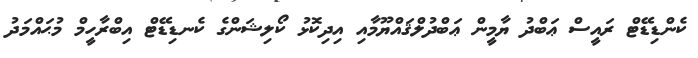
ކެންޑިޑޭޓް ރައީސް ޢަބްދު ޔާމީން ޢަބްދުލްޤައްޔޫމާއި އިދިކޮޅު ކޯލިޝަންގެ ކެނޑިޑޭޓް އިބްރާހީމް މުޙައްމަދު